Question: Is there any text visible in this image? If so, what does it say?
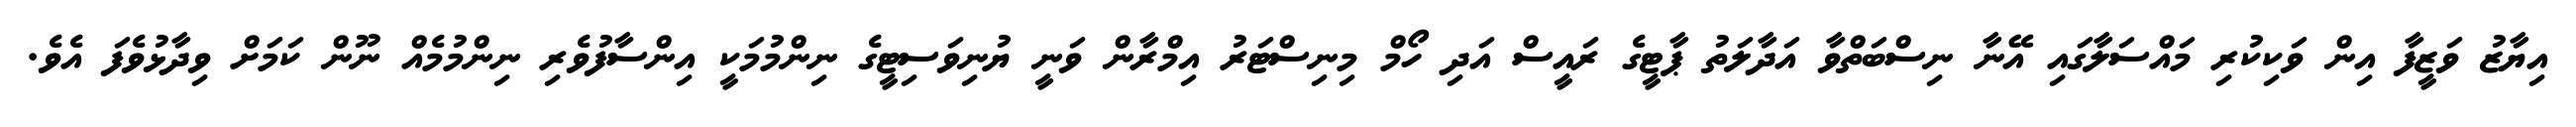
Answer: އިޔާޒު ވަޒީފާ އިން ވަކިކުރި މައްސަލާގައި އޭނާ ނިސްބަތްވާ އަދާލަތު ޕާޓީގެ ރައީސް އަދި ހޯމް މިނިސްޓަރު އިމްރާން ވަނީ ޔުނިވަސިޓީގެ ނިންމުމަކީ އިންސާފުވެރި ނިންމުމެއް ނޫން ކަމަށް ވިދާޅުވެފަ އެވެ.